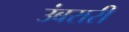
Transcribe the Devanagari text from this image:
उंबरारी